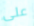
على